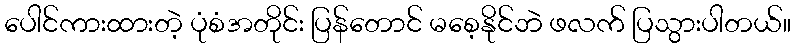
ပေါင်ကားထားတဲ့ ပုံစံအတိုင်း ပြန်တောင် မစေ့နိုင်ဘဲ ဖလက် ပြသွားပါတယ်။